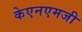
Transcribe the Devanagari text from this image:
केएनएमजी